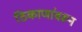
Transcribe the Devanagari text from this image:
ठिकाणांवरून